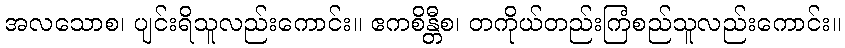
အလသောစ၊ ပျင်းရိသူလည်းကောင်း။ ဧကစိန္တီစ၊ တကိုယ်တည်းကြံစည်သူလည်းကောင်း။